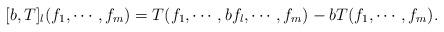
LaTeX: \begin{align*}[b,T]_{l}(f_{1}, \cdots, f_{m}) = T(f_{1}, \cdots, bf_{l}, \cdots, f_{m}) - bT(f_{1}, \cdots, f_{m}).\end{align*}